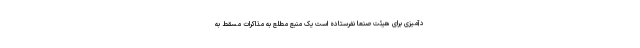
دآمیزی برای هیئت صنعا نفرستاده است یک منبع مطلع به مذاکرات مسقط به